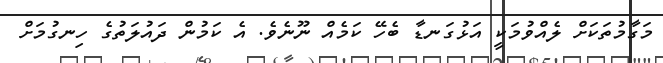
މަގާމުތަކަށް ލެއްވުމަކީ އަޅުގަނޑާ ބެހޭ ކަމެއް ނޫނެވެ. އެ ކަމުން ދައުލަތުގެ ހިނގުމަށް